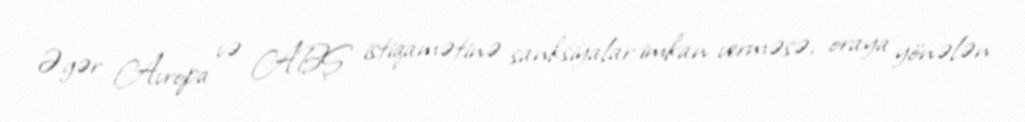
Əgər Avropa və ABŞ istiqamətinə sanksiyalar imkan verməsə, oraya yönələn